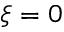
\xi = 0